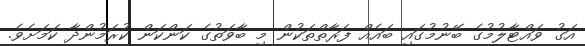
އަގު ވައްޓާލުުމުގެ ބޭނުމުގައި ބައެއް ފަރާތްތަކުން މި ބާވަތުގެ ކަންކަން ކުރަމުންދާ ކަަމަށެވެ.